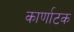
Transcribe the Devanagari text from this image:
कार्णाटक